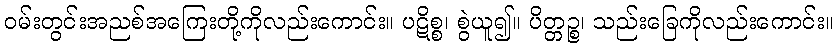
ဝမ်းတွင်းအညစ်အကြေးတို့ကိုလည်းကောင်း။ ပဋိစ္စ၊ စွဲယူ၍။ ပိတ္တဉ္စ၊ သည်းခြေကိုလည်းကောင်း။